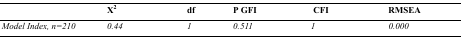
<table><thead><tr><td></td><td><b>X<sup>2</sup></b></td><td><b>df</b></td><td><b>P GFI</b></td><td><b>CFI</b></td><td><b>RMSEA</b></td></tr></thead><tbody><tr><td><i>Model Index, n=210</i></td><td><i>0.44</i></td><td><i>1</i></td><td><i>0.511</i></td><td><i>1</i></td><td><i>0.000</i></td></tr></tbody></table>